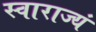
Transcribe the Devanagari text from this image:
स्वाराज्यं